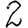
Digit: 2